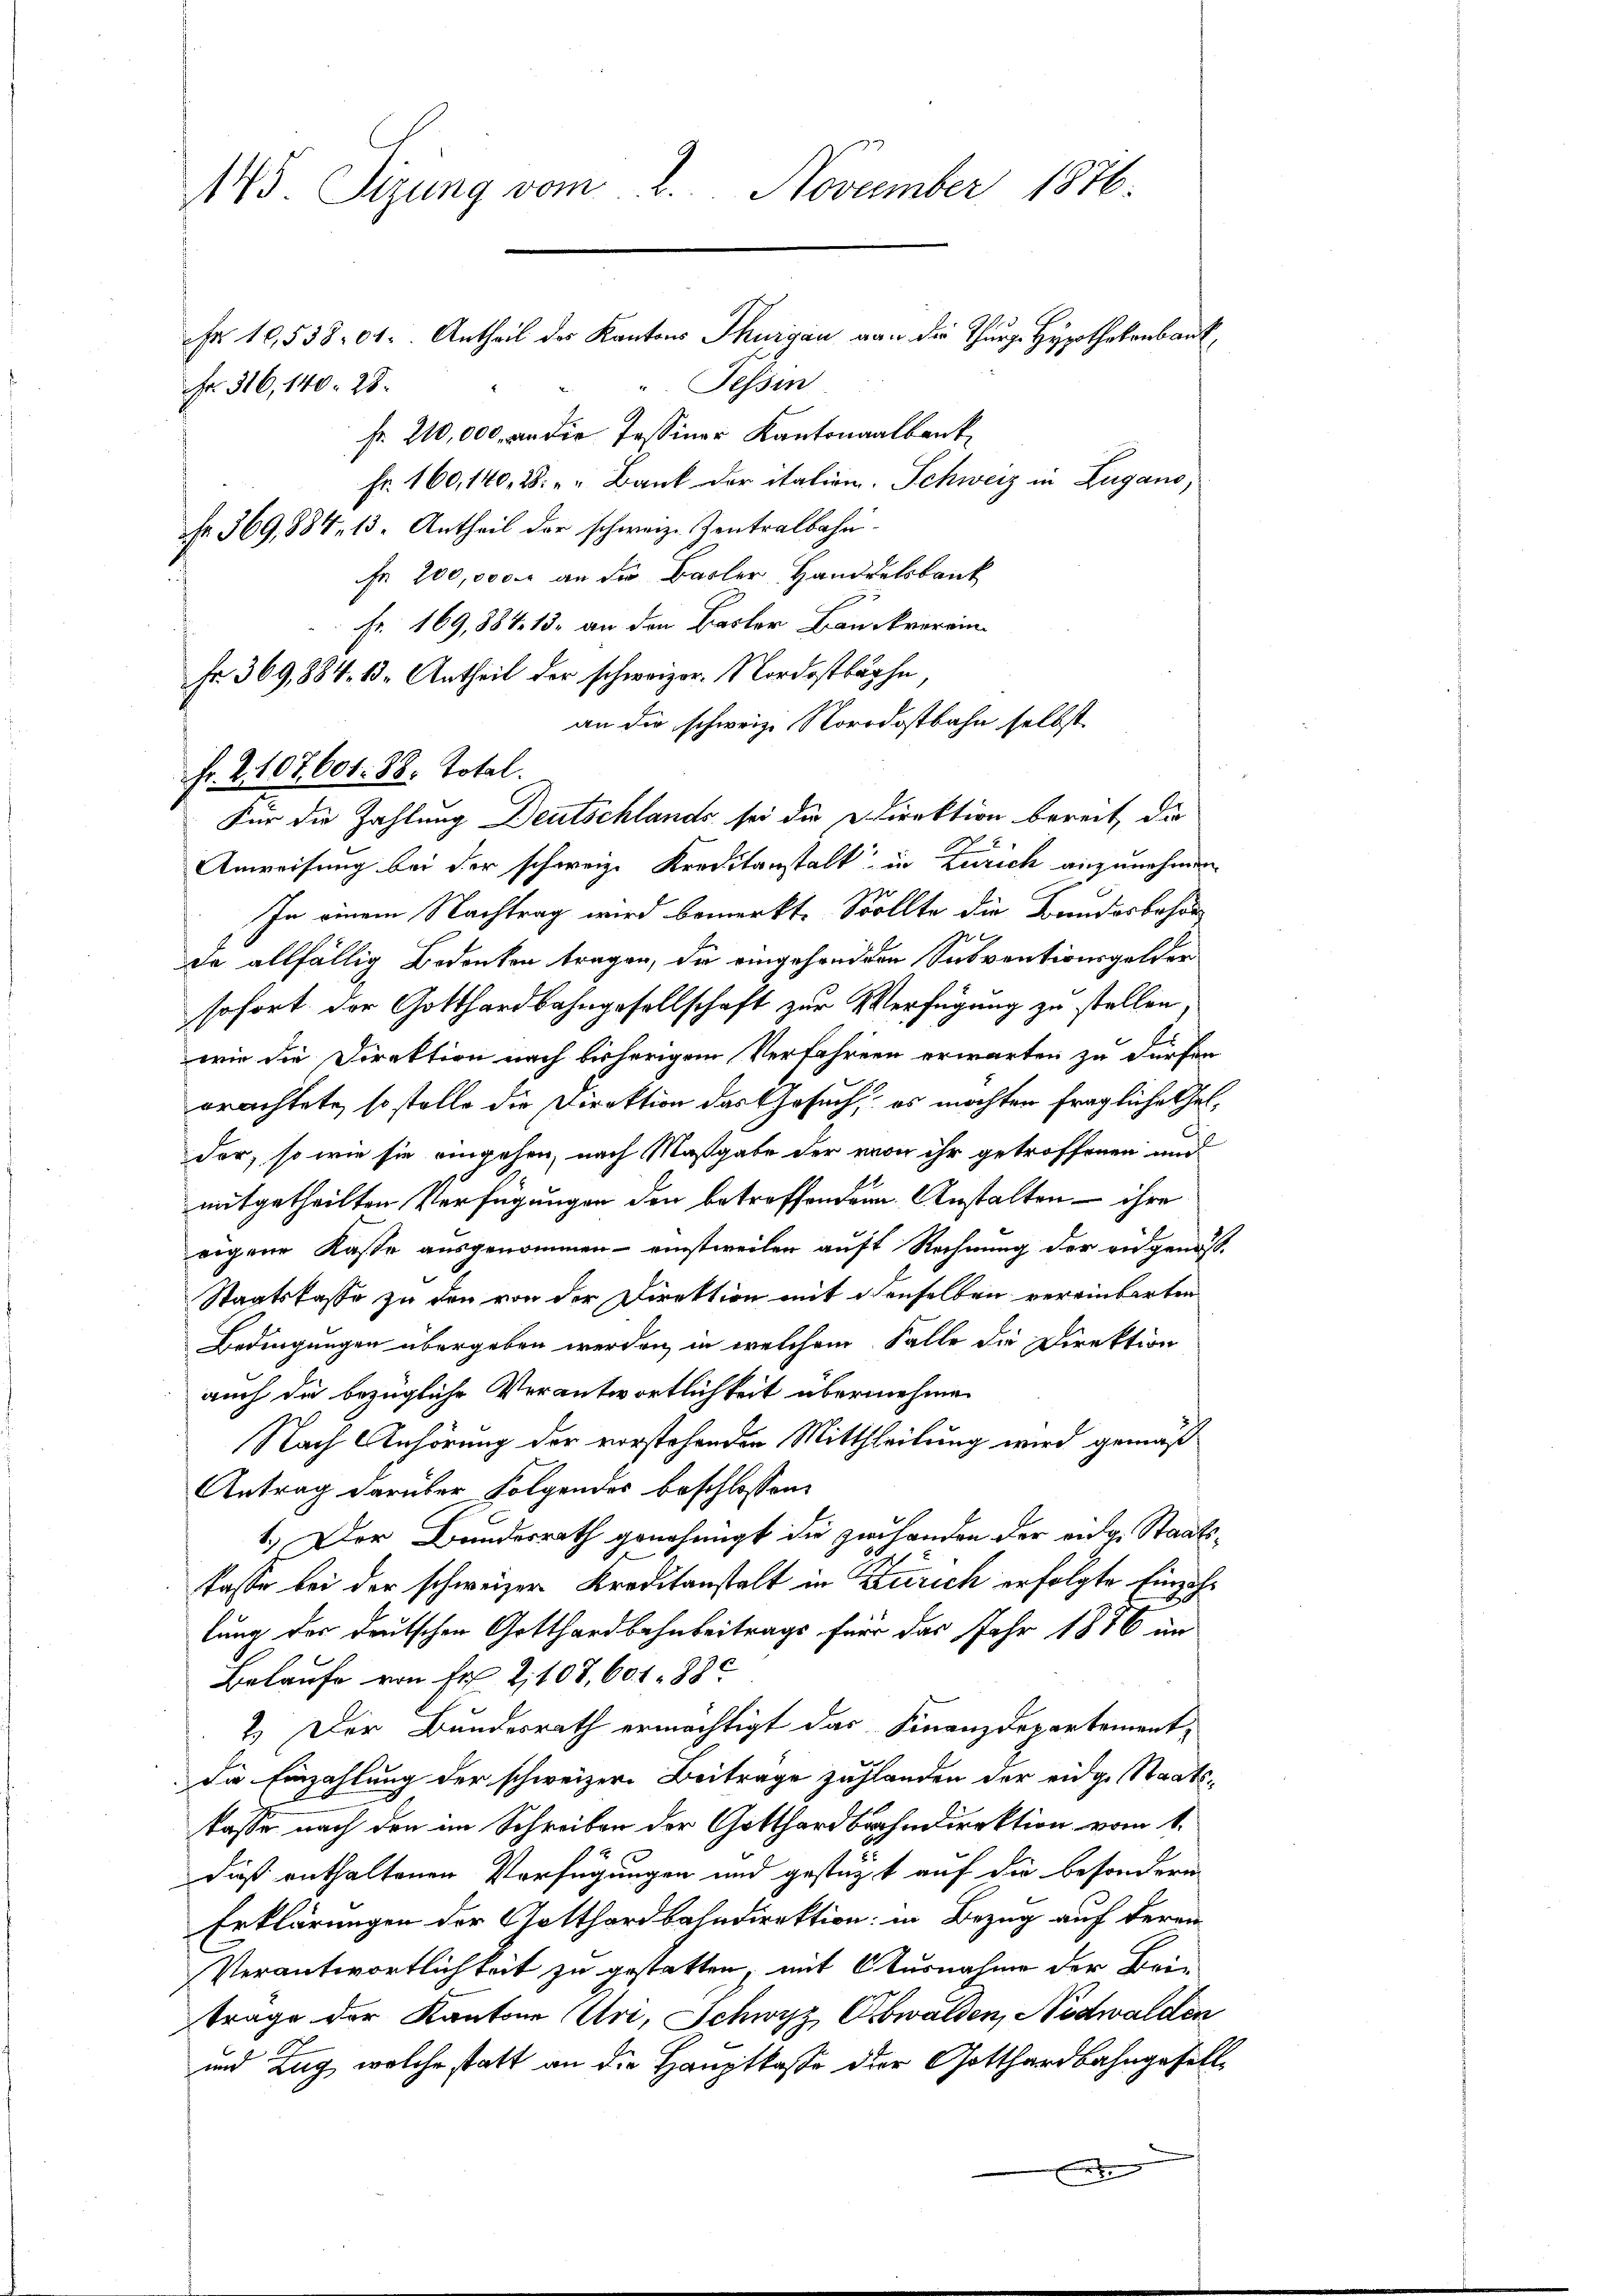
145. Sizung vom 2. November 1876.
r 10,53801. Antheil des Kantons Thurgau von der Thurg. Hypothekenbank
Tessin
Fr. 316, 140. 28.
fr. 210,000 an die Tessiner Kantonalbank

Fr. 160,140, 28 " " Bank der italien. Schweiz in Zugano,
Nr. 369,884, 13. Antheil der schweiz. Zentralbahn.
fr 200,000 an die Basler, Handdelsbaut
an die schweiz. Nordostbahn selbst
Für die Zahlung Deutschlands sei die Direktion bereit, die
Anweisung bei der schweiz. Kreditanstalt in Zürich anzunehmen
In einem Nachtrag wird bemerkt, Sollte die Bundesbehör
te allfällig Bedenken tragen, die eingesondern Subventionsgelder
sofort der Gotthardbahngesellschaft zur Verfügung zu stellen.
wie die Direktion nach bisherigem Verfahren erwarten zu dürfen
orachtete, so stelle die Direktion das Gesuch, es möchten fragliche Gelder, so wie sie eingehen, nach Maßgabe der von ihr getroffenen und
mitgetheilten Verfügungen den betreffenden Anstalten ihre
eigene Kaste ausgenommen - einstweilen auft Rechnung der eidgenoss
Staatskasse zu den von der Direktion mit denselben vereinbarten
Bedingungen übergeben werden, in welchem Falle die Direktion
auch die bezügliche Verantwortlichkeit übernehmen
Nach Anhörung der vorstehenden Mittheilung wird gemäß
Antrag darüber Folgendes beschlossen:
1.) Der Bundesrath genehmigt die zwihanden der eige Staatskasse bei der schweizer Kreditanstalt in Zürich erfolgte Einzahlung der deutschen Gotthardbahnbeitrags für das Jahr 1876 in
Belaufe von Fr. 2108, 601. 88
7. Der Bundesrath ermächtigt das Finanzdepartement,
Die Einzahlung der schweizern Beiträge zuhlanden der eidge Staatskasse nach den im Schreiben der Gotthardbahndirektion vom 1.
Dieß enthaltenen Verfügungen und gestüzt auf die besondern
Erklärungen der Gotthardbahndirektion: in Bezug auf deren
Verantwortlichkeit zu gestatten, mit Ausnahme der Beitrage der Kantone (Uri, Schwyz, Obwalden, Nidwalden
und Zug, welche statt an die Hauptkasse der Gotthardbahngesell¬

e

Fr. 169,88413, an den Basler Bäuckverein
Fr. 369,884. 13. Antheil der schweizer. Nordostbahn
Fr. 2. 107. 601. 88. Total.